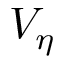
V _ { \eta }